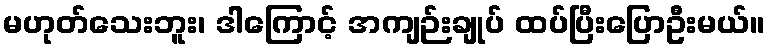
မဟုတ်သေးဘူး၊ ဒါကြောင့် အကျဉ်းချုပ် ထပ်ပြီးပြောဦးမယ်။